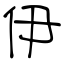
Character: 伊